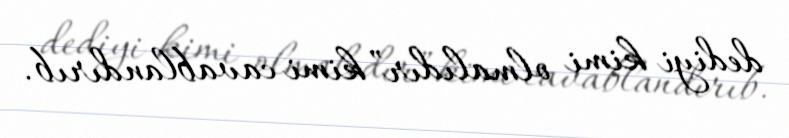
dediyi kimi olmalıdır” kimi cavablandırıb.